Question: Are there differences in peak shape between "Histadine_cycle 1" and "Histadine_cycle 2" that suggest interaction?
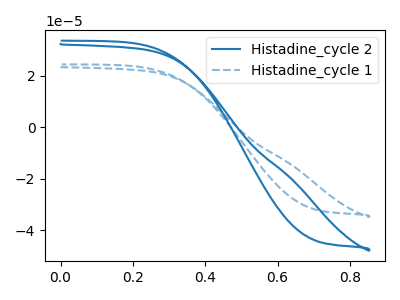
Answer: <think>The blue curve "Histadine_cycle 2" has no peaks. The blue dashed curve "Histadine_cycle 1" has no peaks.
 Neither "Histadine_cycle 1" or "Histadine_cycle 2" have any peaks.</think>
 <answer>No, "Histadine_cycle 1" and "Histadine_cycle 2" don't appear to be significantly different in shape</answer>
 <eval>no_change</eval>